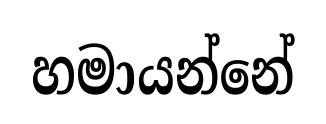
හමායන්නේ